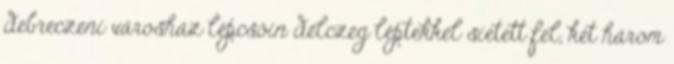
debreczeni városház lépcsőin délczeg léptekkel sietett fel, két három